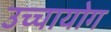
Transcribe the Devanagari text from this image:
उच्‍चायोग